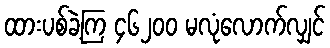
ထားပစ်ခဲ့ကြ ၄၆၂၀၀ မလုံလောက်လျှင်